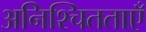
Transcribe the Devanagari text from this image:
अनिश्चितताएँ